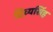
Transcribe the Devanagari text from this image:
दिव्यसिंह